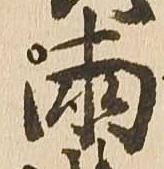
両